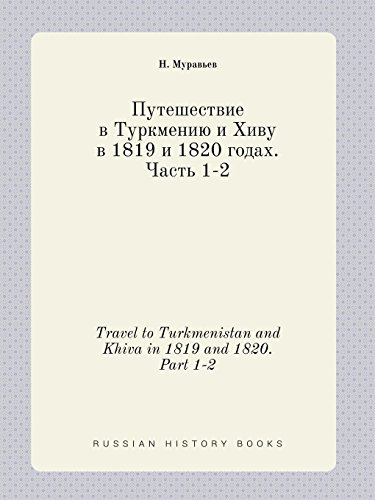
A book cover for Travel to Turkmenistan and Khiva in 1819 and 1820. Part 1-2 (Russian Edition); N. Muravev; Travel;